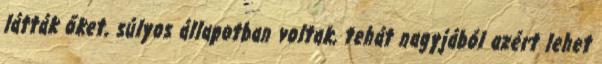
látták őket, súlyos állapotban voltak, tehát nagyjából azért lehet